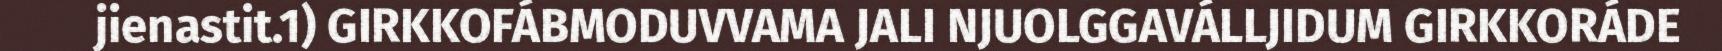
jienastit.1) GIRKKOFÁBMODUVVAMA JALI NJUOLGGAVÁLLJIDUM GIRKKORÁDE